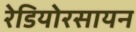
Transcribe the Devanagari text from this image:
रेडियोरसायन